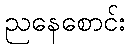
ညနေစောင်း